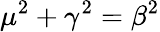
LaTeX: \mu^{2}+\gamma^{2}=\beta^{2}